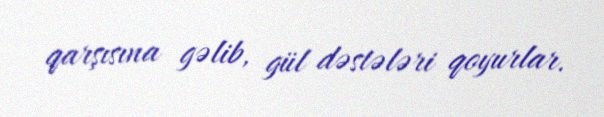
qarşısına gəlib, gül dəstələri qoyurlar.